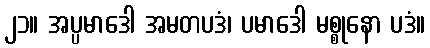
၂၁။ အပ္ပမာဒေါ အမတပဒံ၊ ပမာဒေါ မစ္စုနော ပဒံ။